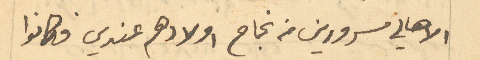
الاهالي مسرورين من نجاح اولادهم عندي فكانوا